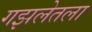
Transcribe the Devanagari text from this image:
गझलेतला